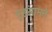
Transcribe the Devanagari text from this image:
गृहसामने